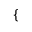
\left\{ \begin{array} { r l } \end{array} \right.